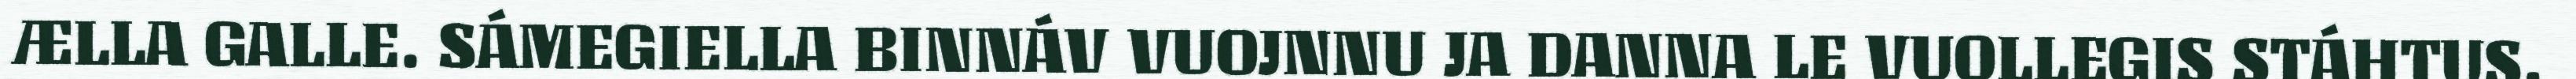
ÆLLA GALLE. SÁMEGIELLA BINNÁV VUOJNNU JA DANNA LE VUOLLEGIS STÁHTUS.